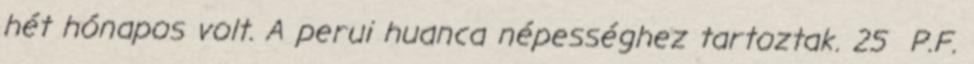
hét hónapos volt. A perui huanca népességhez tartoztak. 25 P.F.